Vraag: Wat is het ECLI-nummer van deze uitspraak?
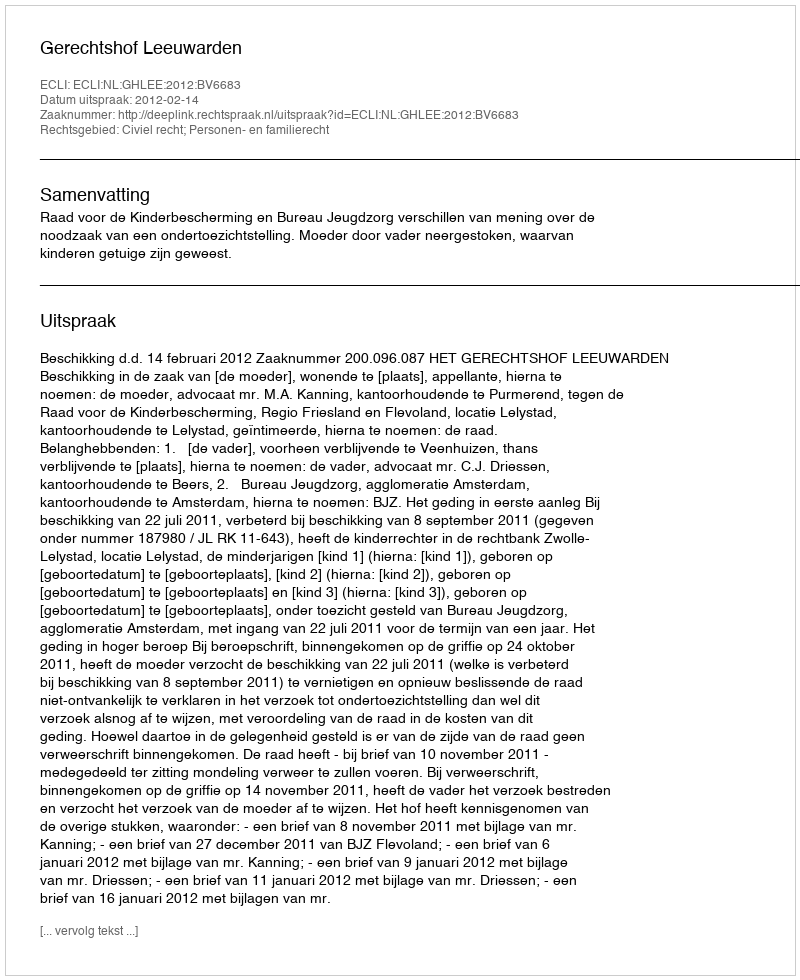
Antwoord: ECLI:NL:GHLEE:2012:BV6683